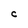
Character: C